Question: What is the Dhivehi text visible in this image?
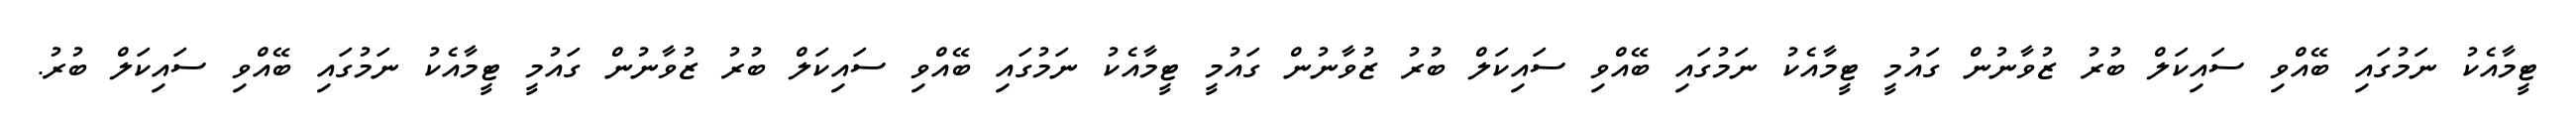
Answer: ޓީމާއެކު ނަމުގައި ބޭއްވި ސައިކަލް ބުރު ޒުވާނުން ގައުމީ ޓީމާއެކު ނަމުގައި ބޭއްވި ސައިކަލް ބުރު ޒުވާނުން ގައުމީ ޓީމާއެކު ނަމުގައި ބޭއްވި ސައިކަލް ބުރު ޒުވާނުން ގައުމީ ޓީމާއެކު ނަމުގައި ބޭއްވި ސައިކަލް ބުރު.